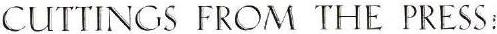
CUTTINGS FROM THE PRESS: